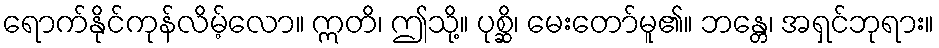
ရောက်နိုင်ကုန်လိမ့်လော။ ဣတိ၊ ဤသို့။ ပုစ္ဆိ၊ မေးတော်မူ၏။ ဘန္တေ၊ အရှင်ဘုရား။